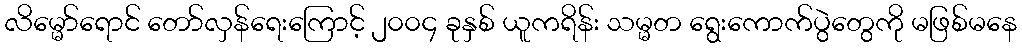
လိမ္မော်ရောင် တော်လှန်ရေးကြောင့် ၂၀၀၄ ခုနှစ် ယူကရိန်း သမ္မတ ရွေးကောက်ပွဲတွေကို မဖြစ်မနေ